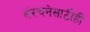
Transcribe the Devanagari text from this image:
संरचनेसाठीही